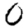
Digit: 0